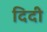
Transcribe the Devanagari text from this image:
दिदी